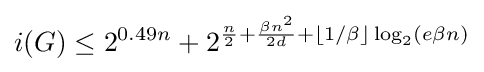
i(G)\leq 2^{0.49n}+2^{{\frac {n}{2}}+{\frac {\beta n^{2}}{2d}}+\lfloor 1/\beta \rfloor \log _{2}(e\beta n)}